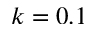
k = 0 . 1